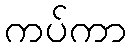
ကပ်ကာ